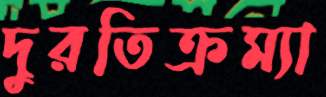
দুরতিক্রম্যা